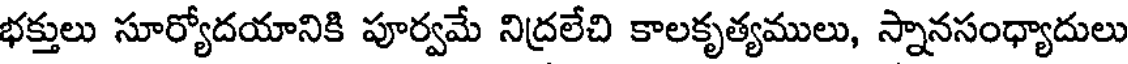
భక్తులు సూర్యోదయానికి పూర్వమే నిద్రలేచి కాలకృత్యములు, స్నానసంధ్యాదులు